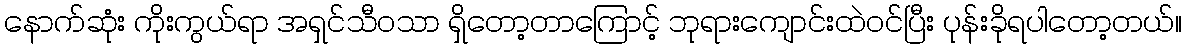
နောက်ဆုံး ကိုးကွယ်ရာ အရှင်သီဝသာ ရှိတော့တာကြောင့် ဘုရားကျောင်းထဲဝင်ပြီး ပုန်းခိုရပါတော့တယ်။